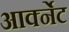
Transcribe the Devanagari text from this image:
आर्क्नेट